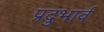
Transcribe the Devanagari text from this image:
प्रदुभार्व